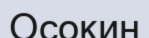
Осокин